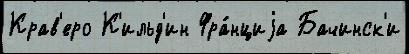
Крав'еро К'ильд'ин Фра́нциjа Бачинск'и